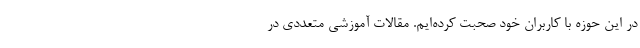
در این حوزه با کاربران خود صحبت کرده‌ایم. مقالات آموزشی متعددی در